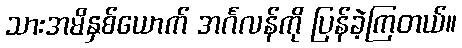
သားအမိနှစ်ယောက် အင်္ဂလန်ကို ပြန်ခဲ့ကြတယ်။